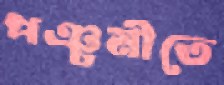
পঞ্চমীতে